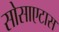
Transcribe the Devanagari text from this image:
सोसाएटास